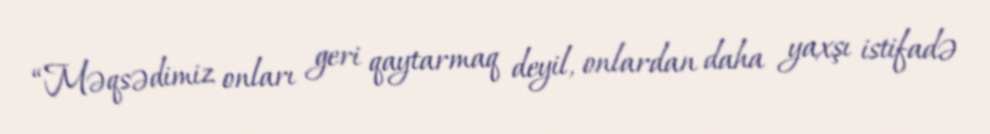
“Məqsədimiz onları geri qaytarmaq deyil, onlardan daha yaxşı istifadə